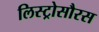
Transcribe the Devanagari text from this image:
लिस्ट्रोसौरस